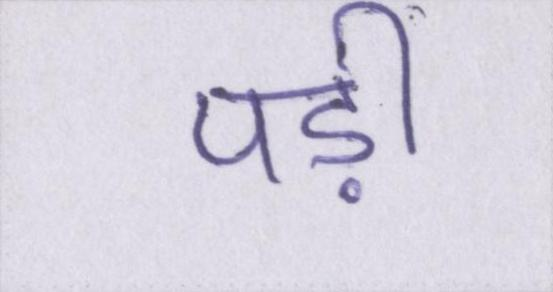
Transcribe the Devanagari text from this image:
पड़ी